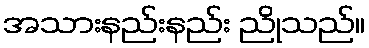
အသားနည်းနည်း ညိုသည်။